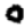
Digit: 0